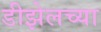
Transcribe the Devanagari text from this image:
डीझेलच्या